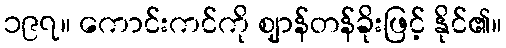
၁၉၇။ ကောင်းကင်ကို ဈာန်တန်ခိုးဖြင့် နိုင်၏။